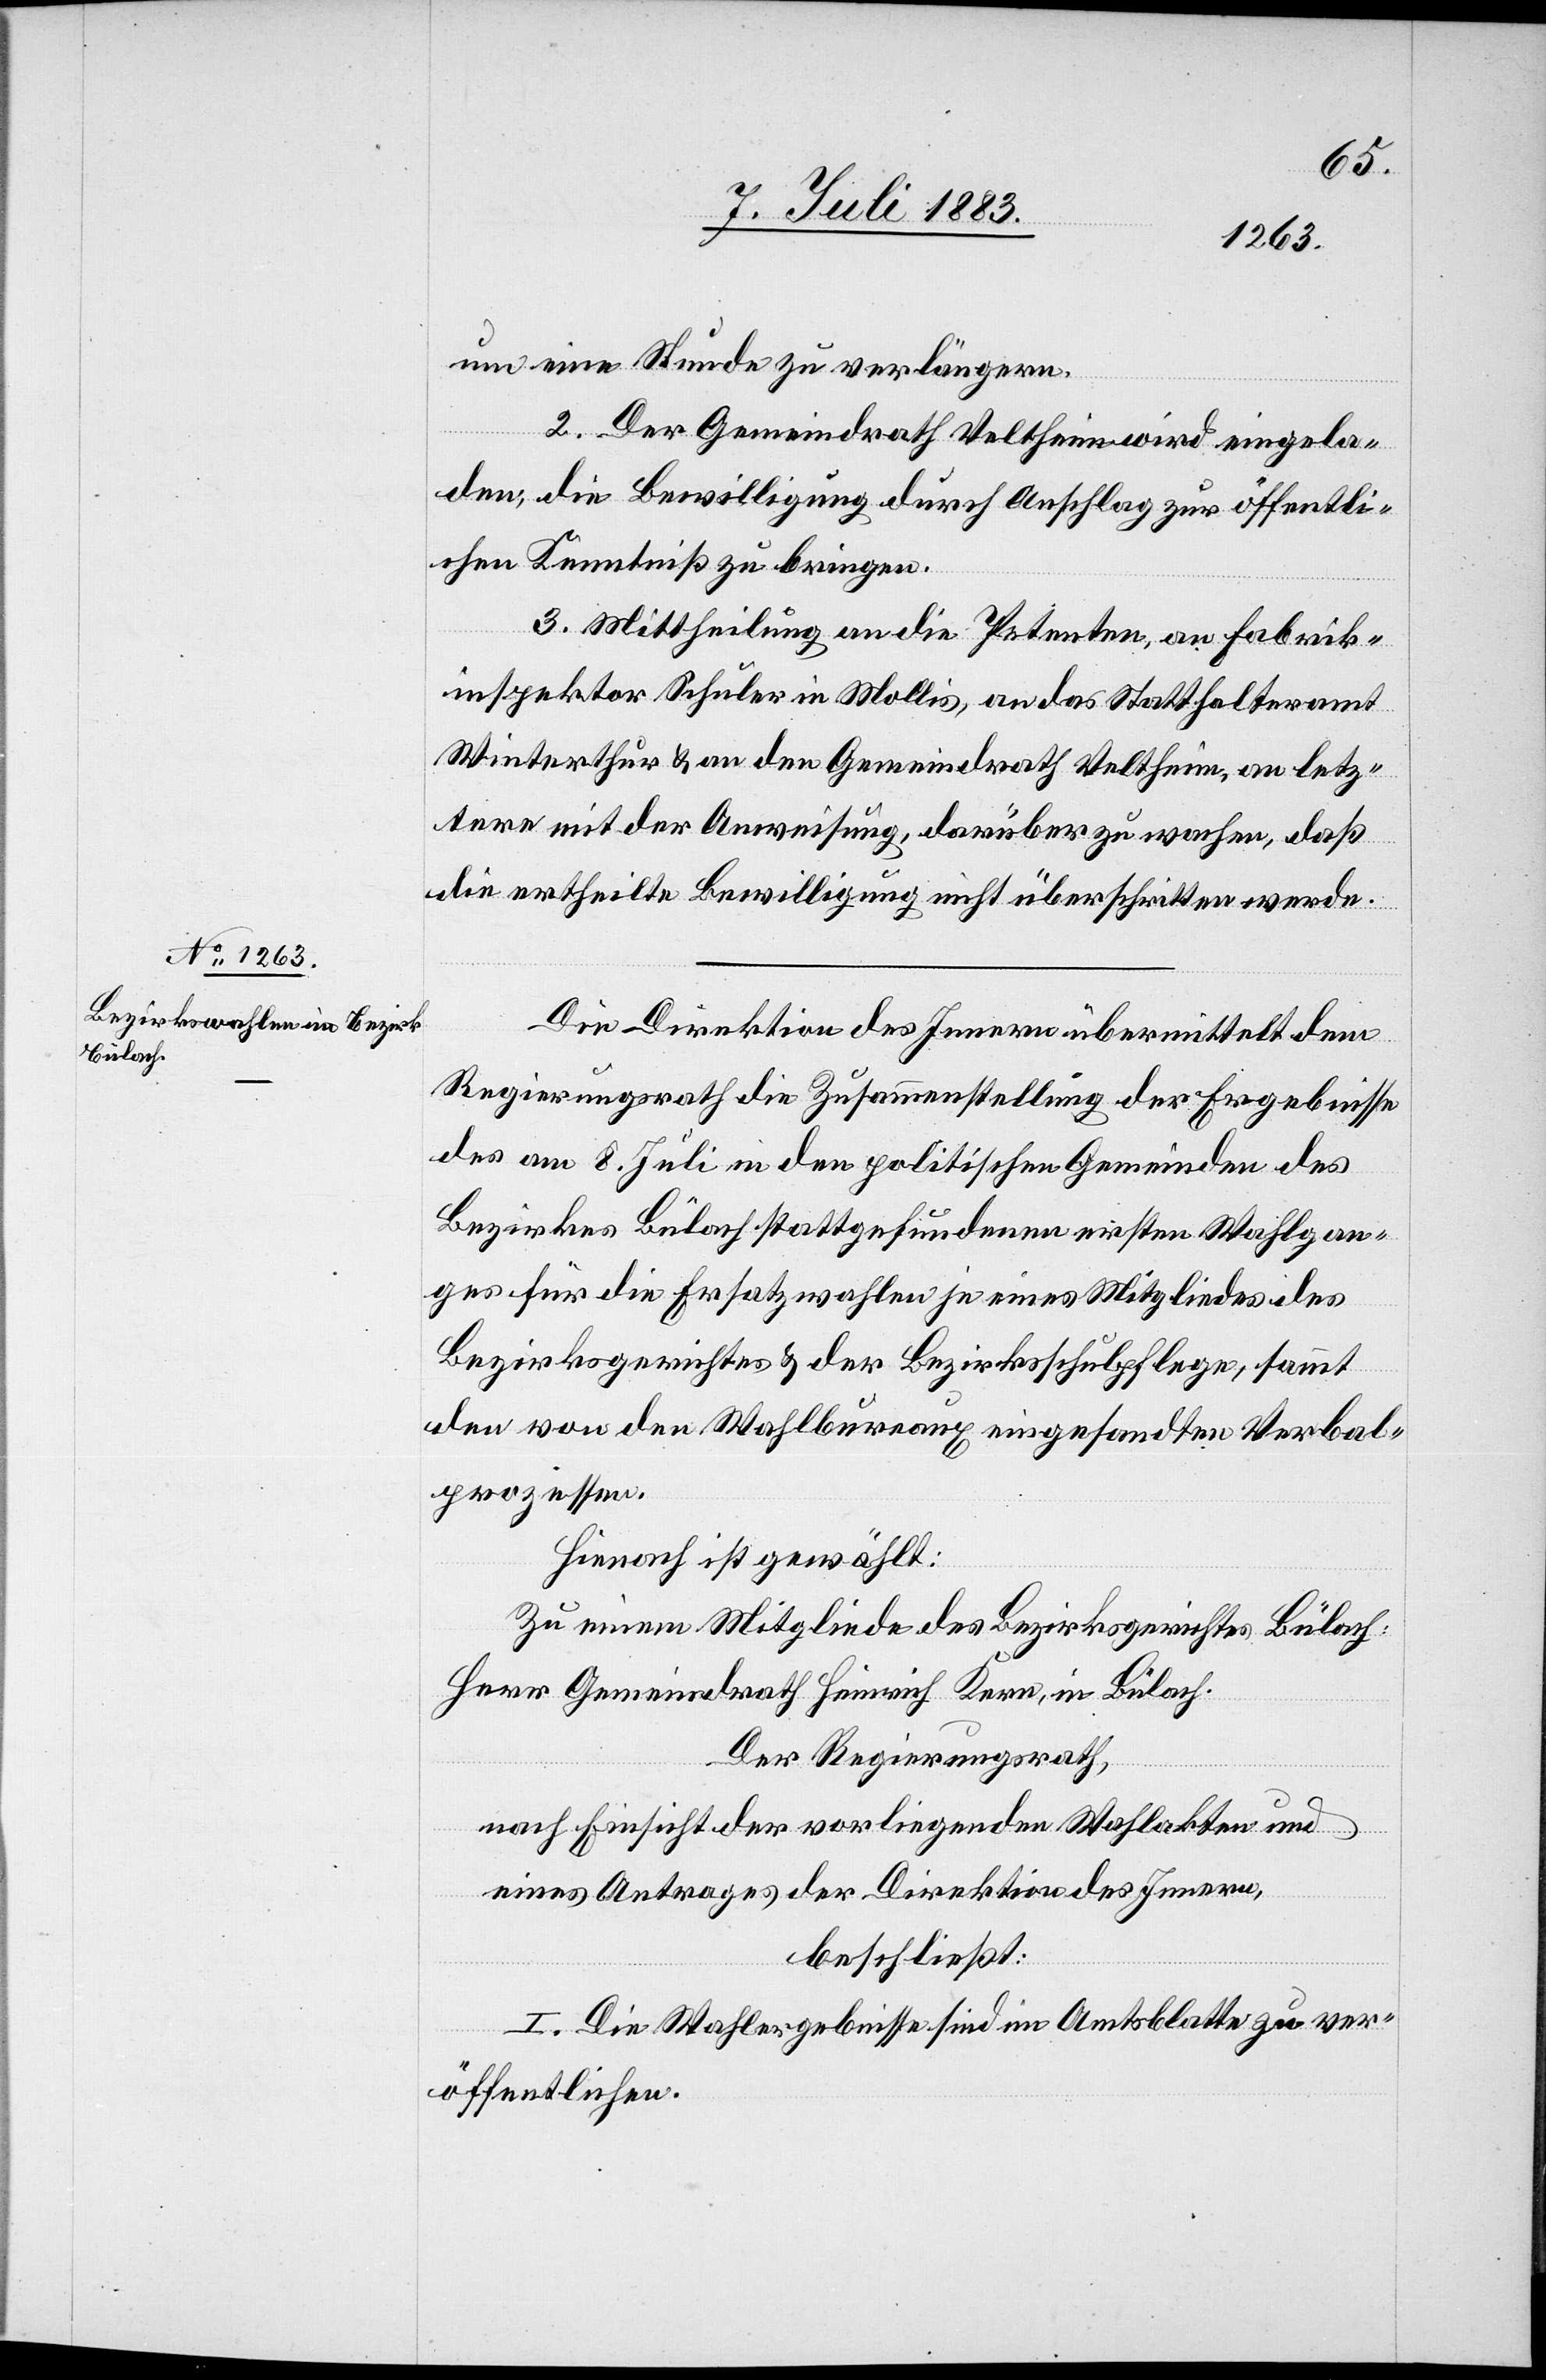
11. Juli 1883.]
um eine Stunde zu verlängern.
2. Der Gemeindrath Veltheim wird eingela¬
den, die Bewilligung durch Anschlag zur öffentli¬
chen Kenntniß zu bringen.
3. Mittheilung an die Petenten, an Fabrik¬
inspektor Schuler in Mollis, an das Statthalteramt
Winterthur & an den Gemeindrath Veltheim, an letz¬
tere mit der Anweisung, darüber zu wachen, daß
die ertheilte Bewilligung nicht überschritten werde.
Die Direktion des Innern übermittelt dem
Regierungsrath die Zusammenstellung der Ergebnisse
des am 8. Juli in den politischen Gemeinden des
Bezirkes Bülach stattgefundenen ersten Wahlgan¬
ges für die Ersatzwahlen je eines Mitgliedes des
Bezirksgerichtes & der Bezirksschulpflege, sammt
den von den Wahlbureaux eingesandten Verbal¬
prozessen.
Hienach ist gewählt:
Zu einem Mitgliede des Bezirksgerichtes Bülach:
Herr Gemeindrath Heinrich Kern, in Bülach.
Der Regierungsrath,
nach Einsicht der vorliegenden Wahlakten und
eines Antrages der Direktion des Innern,
beschließt:
I. Die Wahlergebnisse sind im Amtsblatte zu ver¬
öffentlichen.